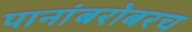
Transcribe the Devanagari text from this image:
पानांबरोबरच